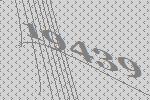
19439